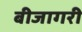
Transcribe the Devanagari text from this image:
बीजागरी